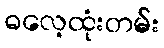
ဓလေ့ထုံးတမ်း